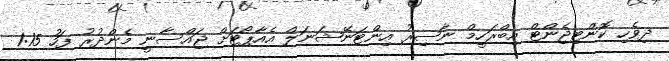
ދިވެހި ކޮންޓިޖެންޓް އިބްރަހީމް ނާޞިރު އިންޓަނޭޝަނަލް އެއާޕޯޓަށް ޖައްސާނީ މެންދުރު ފަހު 1:15